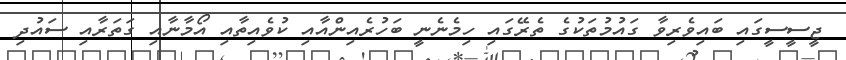
ޖީސީސީގައި ބައިވެރިވާ ގައުމުތަކުގެ ތެރޭގައި ހިމެނެނީ ބަހުރެއިންއާއި ކުވެއިތާއި އޯމާނާއި ގަތަރާއި ސައުދި